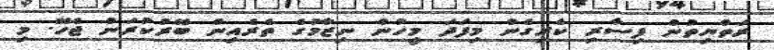
ރަތްޔިތުން ފިސާރި ކެރިގެން މިފަދަ މީހުން ނިޒާމުގެ ތެރެއިން ބޭރުކުރަން ޖެހޭ. މި